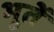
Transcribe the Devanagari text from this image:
भुतें